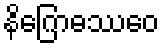
နိဂြောဓဿေဝ